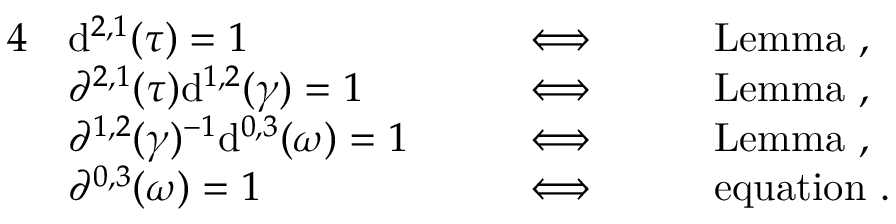
\begin{array} { r l r l r l r } { { 4 } } & { \mathrm { d } ^ { 2 , 1 } ( \tau ) = 1 } & & { \Longleftrightarrow } & & { \mathrm { L e m m a ~ } , } & \\ & { \partial ^ { 2 , 1 } ( \tau ) \mathrm { d } ^ { 1 , 2 } ( \gamma ) = 1 } & & { \Longleftrightarrow } & & { \mathrm { L e m m a ~ } , } & \\ & { \partial ^ { 1 , 2 } ( \gamma ) ^ { - 1 } \mathrm { d } ^ { 0 , 3 } ( \omega ) = 1 \quad } & & { \Longleftrightarrow \quad } & & { \mathrm { L e m m a ~ } , } & \\ & { \partial ^ { 0 , 3 } ( \omega ) = 1 } & & { \Longleftrightarrow } & & { \mathrm { e q u a t i o n ~ } . } & \end{array}